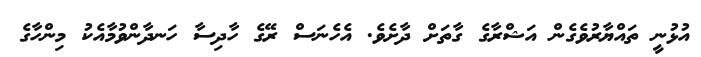
އުޅުނީ ތައްޔާރުވެގެން އަޝްރާގެ ގާތަށް ދާށެވެ. އެހެނަސް ރޭގެ ހާދިސާ ހަނދާންވުމާއެކު މިންހާގެ